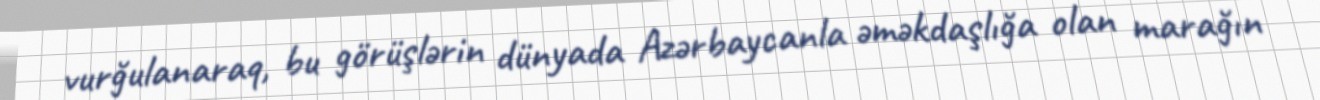
vurğulanaraq, bu görüşlərin dünyada Azərbaycanla əməkdaşlığa olan marağın